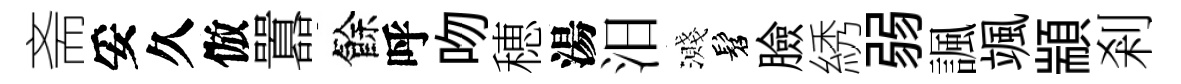
斋妥久倣囂餘呼吻穂湯汨濺髫臉綉弱諷颯顓剎